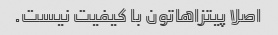
اصلا پیتزاهاتون با کیفیت نیست.